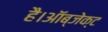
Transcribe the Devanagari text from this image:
है।ऑब्जेक्ट